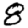
Digit: 8